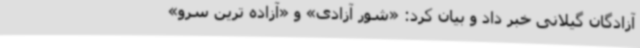
آزادگان گیلانی خبر داد و بیان کرد: «شور آزادی» و «آزاده ترین سرو»